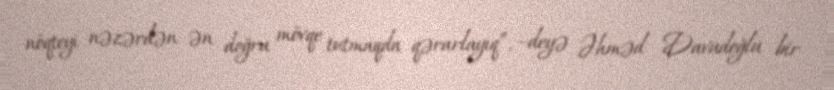
nöqteyi nəzərdən ən doğru mövqe tutmaqda qərarlayıq”, –deyə Əhməd Davudoğlu bir